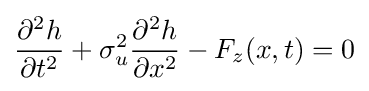
{\partial ^{2}h \over \partial t^{2}}+\sigma _{u}^{2}{\partial ^{2}h \over \partial x^{2}}-F_{z}(x,t)=0